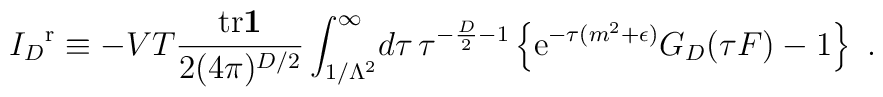
{I_{D}}^{\mathrm r}\equiv-VT{{\mathrm{tr}}{\bf1}\over2(4\pi)^{D/2}}\int_{1/\Lambda^{2}}^{\infty}\!d\tau\,\tau^{-{D\over2}-1}\left\{{\mathrm e}^{-\tau(m^{2}+\epsilon)}G_{D}(\tau F)-1\right\}\ .